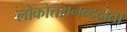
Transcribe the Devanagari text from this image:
लोकोत्तरानन्ददाता